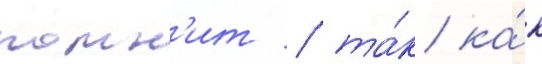
помн'ит / та́к ка́к